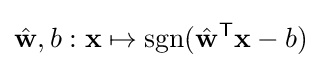
{\hat {\mathbf {w} }},b:\mathbf {x} \mapsto \operatorname {sgn}({\hat {\mathbf {w} }}^{\mathsf {T}}\mathbf {x} -b)